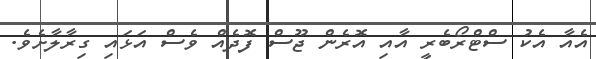
އެއާ އެކު ސްޓްރޯބެރީ އާއި އޮރެން ޖޫސް ފޮދެއް ވެސް އަޅައި ގިރާލާށެވެ.